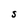
Character: S